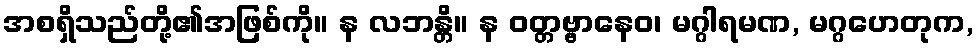
အစရှိသည်တို့၏အဖြစ်ကို။ န လဘန္တိ။ န ဝတ္တဗ္ဗာနေဝ၊ မဂ္ဂါရမဏ, မဂ္ဂဟေတုက,